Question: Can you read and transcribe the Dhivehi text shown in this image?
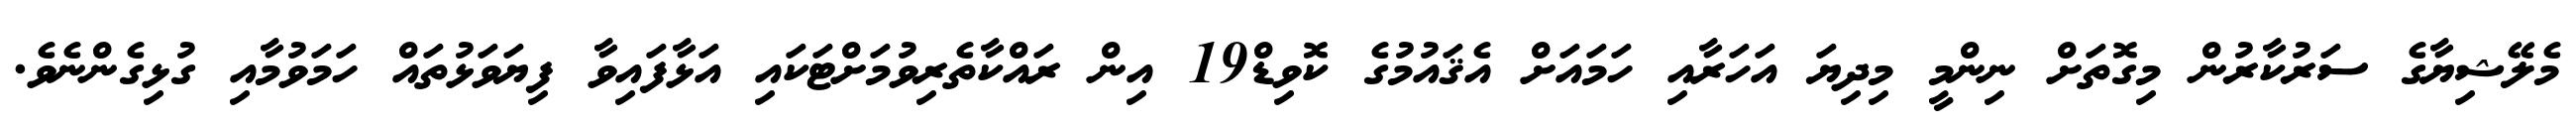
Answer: މެލޭޝިޔާގެ ސަރުކާރުން މިގޮތަށް ނިންމީ މިދިޔަ އަހަރާއި ހަމައަށް އެޤައުމުގެ ކޮވިޑް19 އިން ރައްކާތެރިވުމަށްޓަކައި އަޅާފައިވާ ފިޔަވަޅުތައް ހަމަވުމާއި ގުޅިގެންނެވެ.